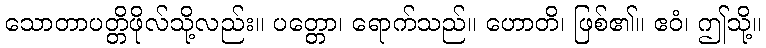
သောတာပတ္တိဖိုလ်သို့လည်း။ ပတ္တော၊ ရောက်သည်။ ဟောတိ၊ ဖြစ်၏။ ဧဝံ၊ ဤသို့။